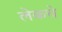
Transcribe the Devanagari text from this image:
लेकचे